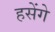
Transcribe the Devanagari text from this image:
हसेंगे